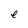
Character: e